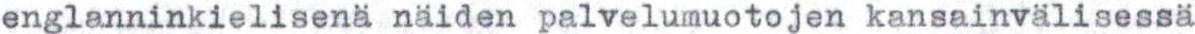
englanninkielisenä näiden palvelumuotojen kansainvälisessä